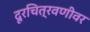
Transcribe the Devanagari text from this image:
दूरचित्रवणीवर